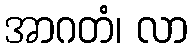
အာဂတံ၊ လာ